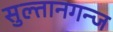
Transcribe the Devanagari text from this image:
सुल्तानगन्ज